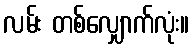
လမ်း တစ်လျှောက်လုံး။